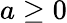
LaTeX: a\ge 0